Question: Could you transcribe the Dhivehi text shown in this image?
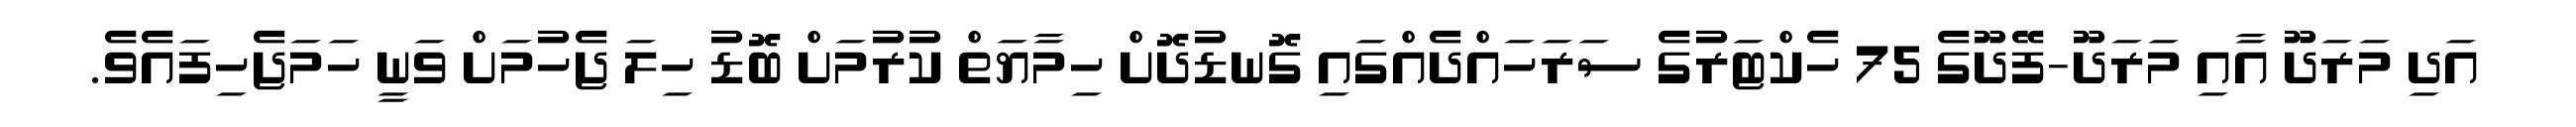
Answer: އަދި މަރަދޫ އާއި މަރަދޫ-ފޭދޫގެ 75 ހެކްޓަރުގެ ސަރަހައްދެއްގައި ގޮނޑުދޮށް ހިމާޔަތް ކުރުމަށް ބޮޑު ހިލަ ޖެހުމަށް ވަނީ ހަމަޖެހިފައެވެ.